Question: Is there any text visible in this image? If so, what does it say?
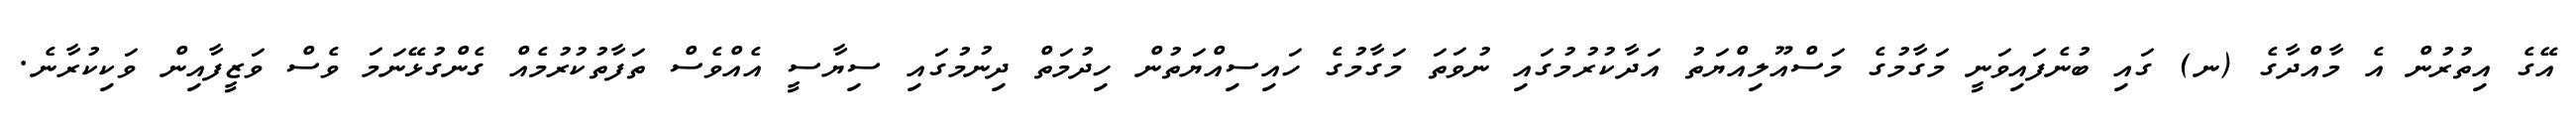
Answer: އޭގެ އިތުރުން އެ މާއްދާގެ (ނ) ގައި ބުނެފައިވަނީ މަގާމުގެ މަސްއޫލިއްޔަތު އަދާކުރުމުގައި ނުވަތަ މަގާމުގެ ހައިސިއްޔަތުން ހިދުމަތް ދިނުމުގައި ސިޔާސީ އެއްވެސް ތަފާތުކުރުމެއް ގެންގުޅޭނަމަ ވެސް ވަޒީފާއިން ވަކިކުރާނެ.